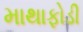
માથાફોડી